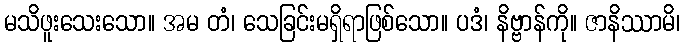
မသိဖူးသေးသော။ အမ တံ၊ သေခြင်းမရှိရာဖြစ်သော။ ပဒံ၊ နိဗ္ဗာန်ကို။ ဇာနိဿာမိ၊